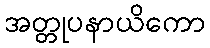
အတ္တုပနာယိကော